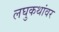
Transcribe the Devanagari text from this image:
लघुकथांवर